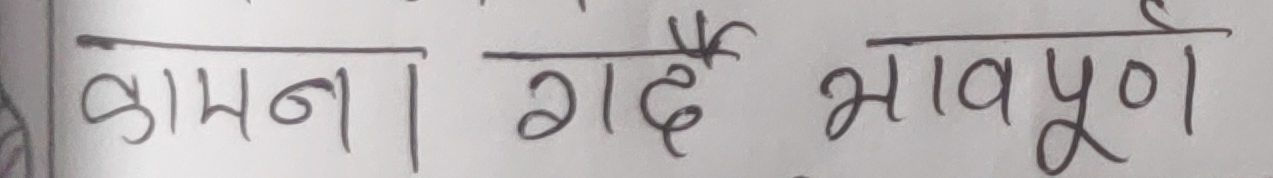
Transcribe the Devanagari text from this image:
कामना | गर्दै भावपूर्ण